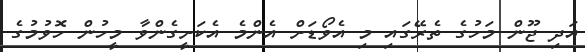
އަދި ޖޫން މަހުގެ ތެރޭގައި މި އެވޯޑަށް އެންމެ އެކަށީގެންވާ މީހުން ހޮވުމުގެ